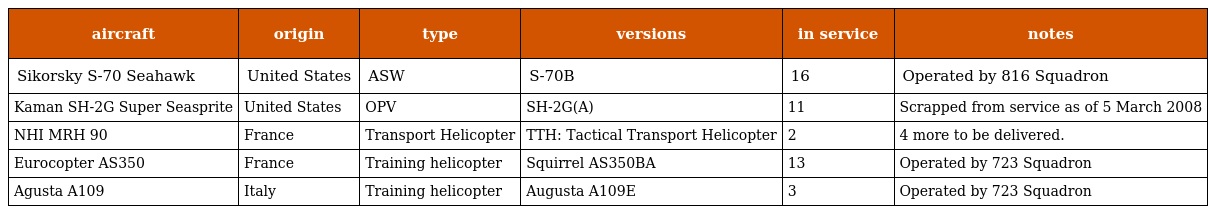
| aircraft | origin | type | versions | in service | notes |
 | --- | --- | --- | --- | --- | --- |
 | Sikorsky S-70 Seahawk | United States | ASW | S-70B | 16 | Operated by 816 Squadron |
 | Kaman SH-2G Super Seasprite | United States | OPV | SH-2G(A) | 11 | Scrapped from service as of 5 March 2008 |
 | NHI MRH 90 | France | Transport Helicopter | TTH: Tactical Transport Helicopter | 2 | 4 more to be delivered. |
 | Eurocopter AS350 | France | Training helicopter | Squirrel AS350BA | 13 | Operated by 723 Squadron |
 | Agusta A109 | Italy | Training helicopter | Augusta A109E | 3 | Operated by 723 Squadron |